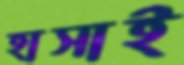
হাসাই